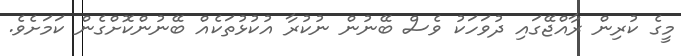
މީގެ ކުރިން ރާއްޖޭގައި ދުވަހަކު ވެސް ބޭނުން ނުކުރާ އުކުޅުތަކެއް ބޭނުންކޮށްގެން ކަމަށެވެ.